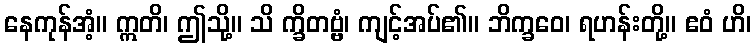
နေကုန်အံ့။ ဣတိ၊ ဤသို့။ သိ က္ခိတဗ္ဗံ၊ ကျင့်အပ်၏။ ဘိက္ခဝေ၊ ရဟန်းတို့။ ဧဝံ ဟိ၊